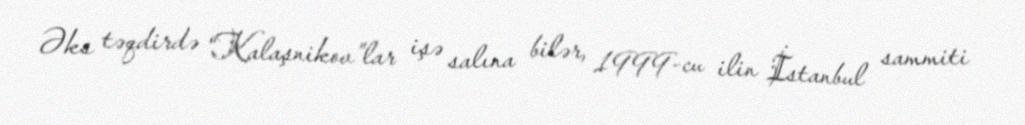
Əks təqdirdə “Kalaşnikov”lar işə salına bilər, 1999-cu ilin İstanbul sammiti